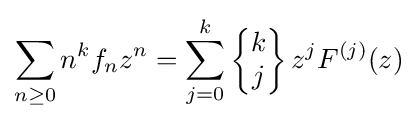
\sum _{n\geq 0}n^{k}f_{n}z^{n}=\sum _{j=0}^{k}\left\{{\begin{matrix}k\\j\end{matrix}}\right\}z^{j}F^{(j)}(z)